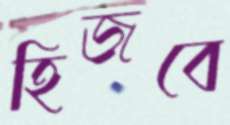
হিজবে